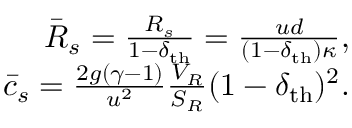
\begin{array} { r l r } & { } & { \bar { \cal R } _ { s } = \frac { { \cal R } _ { s } } { 1 - \delta _ { \mathrm { t h } } } = \frac { u d } { ( 1 - \delta _ { \mathrm { t h } } ) \kappa } , } \\ & { } & { \bar { c } _ { s } = \frac { 2 g ( \gamma - 1 ) } { u ^ { 2 } } \frac { V _ { R } } { S _ { R } } ( 1 - \delta _ { \mathrm { t h } } ) ^ { 2 } . } \end{array}